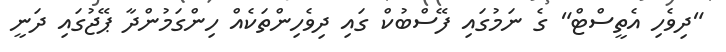
"ދިވެހި އެތީސްޓް" ގެ ނަމުގައި ފޭސްބުކް ގައި ދިވެހިންތަކެއް ހިންގަމުންދާ ޕޭޖުގައި ދަނީ